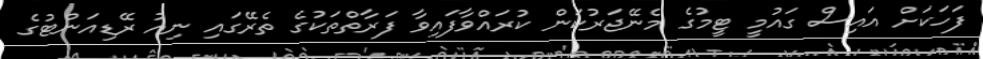
ފަހަަކަށް އައިސް ގައުމީ ޓީމުގެ މެނޭޖަރުކަން ކުރައްވާފައިވާ ފަރާތްތަކުގެ ތެރޭގައި ނިއު ރޭޑިއަންޓުގެ